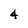
Character: 4